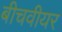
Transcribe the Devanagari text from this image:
बीचवीयर